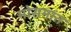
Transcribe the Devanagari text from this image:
मोसमांत